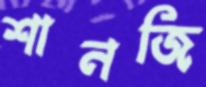
শানজি